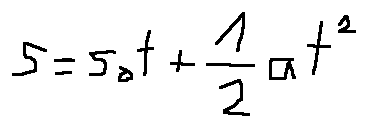
s = s _ { 0 } t + \frac { 1 } { 2 } a t ^ { 2 }